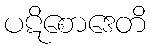
ပဋိစောဒေတိ